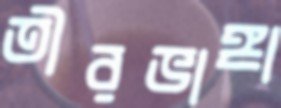
তীরভাঙ্গা